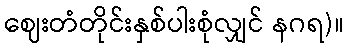
ဈေးတံတိုင်းနှစ်ပါးစုံလျှင် နဂရ)။